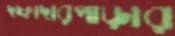
দফাদারপাড়ার